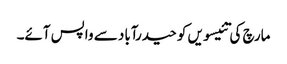
مارچ کی تئیسویں کو حیدرآباد سے واپس آئے۔